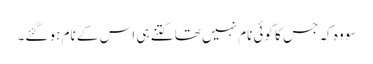
سو وہ کہ جس کا کوئی نام نہیں تھا کتنے ہی اس کے نام ہو گئے۔